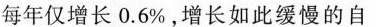
每年仅增长0.6%，增长如此缓慢的自